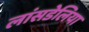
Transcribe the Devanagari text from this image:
लांसडेलिया